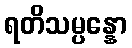
ရတိသမ္ပန္နော